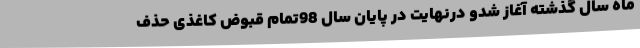
ماه سال گذشته آغاز شدو درنهایت در پایان سال 98تمام قبوض کاغذی حذف